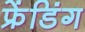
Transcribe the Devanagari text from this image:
फ्रेंडिंग